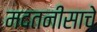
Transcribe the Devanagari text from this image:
मदतनीसाचे